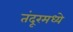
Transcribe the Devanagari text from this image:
तंदूरमध्ये